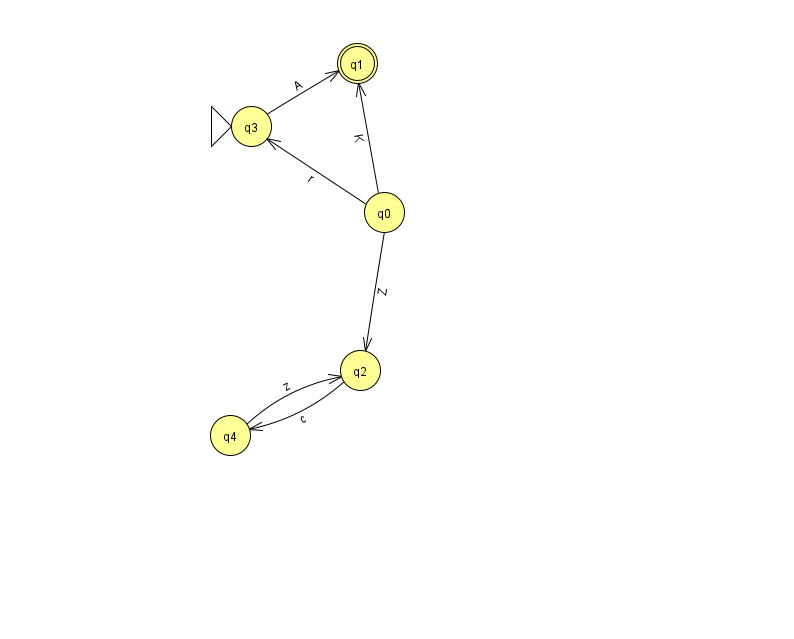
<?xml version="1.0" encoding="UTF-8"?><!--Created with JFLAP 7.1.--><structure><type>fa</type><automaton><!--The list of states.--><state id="0" name="q0"><x>384.0</x><y>199.0</y></state><state id="1" name="q1"><x>357.0</x><y>50.0</y><final/></state><state id="2" name="q2"><x>360.0</x><y>357.0</y></state><state id="3" name="q3"><x>251.0</x><y>113.0</y><initial/></state><state id="4" name="q4"><x>230.0</x><y>422.0</y></state><!--The list of transitions.--><transition><from>0</from><to>3</to><read>r</read></transition><transition><from>3</from><to>1</to><read>A</read></transition><transition><from>4</from><to>2</to><read>z</read></transition><transition><from>0</from><to>2</to><read>Z</read></transition><transition><from>0</from><to>1</to><read>K</read></transition><transition><from>2</from><to>4</to><read>c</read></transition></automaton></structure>